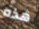
هذه